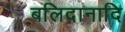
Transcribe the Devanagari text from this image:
बलिदानादि